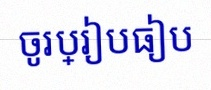
ចូរប្រៀបធៀប